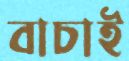
বাচাই